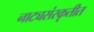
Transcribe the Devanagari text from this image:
नाट्यसंस्कृतीत